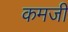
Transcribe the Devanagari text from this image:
कमजी